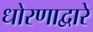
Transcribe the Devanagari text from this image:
धोरणाद्वारे